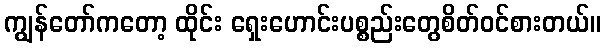
ကျွန်တော်ကတော့ ထိုင်း ရှေးဟောင်းပစ္စည်းတွေစိတ်ဝင်စားတယ်။